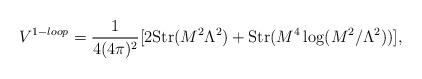
LaTeX: \begin{align*}V^{1-loop} = \frac{1}{4(4\pi)^2}[2 {\rm Str}(M^2\Lambda^2)+{\rm Str}(M^4\log(M^2/\Lambda^2))],\end{align*}